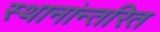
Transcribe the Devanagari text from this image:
स्थानांन्तरित